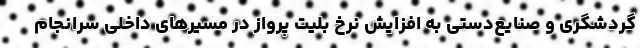
گردشگری و صنایع‌دستی به افزایش نرخ بلیت پرواز در مسیرهای داخلی سرانجام